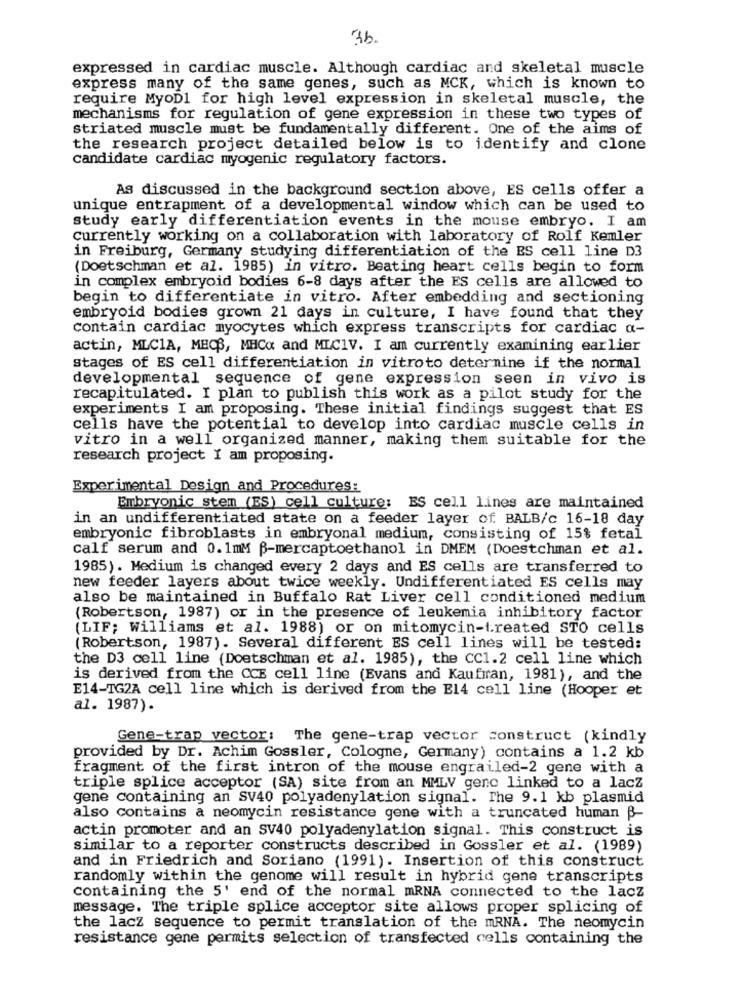
3b.
expressed in cardiac muscle. Although cardiac and skeletal muscle
express many of the same genes, such as MCK, which is known to
require MyoD1 for high level expression in skeletal muscle, the
mechanisms for regulation of gene expression in these two types of
striated muscle must be fundamentally different. One of the aims of
the research project detailed below is to identify and clone
candidate cardiac myogenic regulatory factors.
As discussed in the background section above, ES cells offer a
unique entrapment of a developmental window which can be used to
study early differentiation events in the mouse embryo. I am
Currently working on a collaboration with laboratory of Rolf Kemler
in Freiburg, Germany studying differentiation of the ES cell line D3
(Doetschman et al. 1985) in vitro. Beating heart cells begin to form
in complex embryoid bodies 6-8 days after the ES cells are allowed to
begin to differentiate in vitro. After embedding and sectioning
embryoid bodies grown 21 days in culture, I have found that they
contain cardiac myocytes which express transcripts for cardiac a-
actin, MLCIA, MECS, MHCXx and MLCIV. I am currently examining earlier
stages of ES cell differentiation in vitroto determine if the normal
developmental sequence of gene expression seen in vivo is
recapitulated. I plan to publish this work as a pilot study for the
experiments I am proposing. These initial findings suggest that ES
cells have the potential to develop into cardiac muscle cells in
vitro in a well organized manner, making them suitable for the
research project I am proposing.
Experimental Design and Procedures:
Embryonic stem (ES) cell culture: ES cell lines are maintained
in an undifferentiated state on a feeder layer of BALB/c 16-18 day
embryonic fibroblasts in embryonal medium, consisting of 15% fetal
calf serum and 0.1mM B-mercaptoethanol in DMEM (Doestchman et al.
1985). Medium is changed every 2 days and ES cells are transferred to
new feeder layers about twice weekly. Undifferentiated ES cells may
also be maintained in Buffalo Rat Liver cell conditioned medium
(Robertson, 1987) or in the presence of leukemia inhibitory factor
(LIF; Williams et al. 1988) or on mitomycin-treated STO cells
(Robertson, 1987). Several different ES cell lines will be tested:
the D3 cell line (Doetschman et al. 1985), the CC1.2 cell line which
is derived from the CCE cell line (Evans and Kaufman, 1981), and the
E14-TG2A cell line which is derived from the E14 cell line (Hooper et
al. 1987).
Gene-trap vector:
The gene-trap vector construct (kindly
provided by Dr. Achim Gossler, Cologne, Germany) contains a 1.2 kb
fragment of the first intron of the mouse engrailed-2 gene with a
triple splice acceptor (SA) site from an MMLV genc linked to a lacz
gene containing an SV40 polyadenylation signal. The 9.1 kb plasmid
also contains a neomycin resistance gene with a truncated human B-
actin promoter and an Sv40 polyadenylation signal. This construct is
similar to a reporter constructs described in Gossler et al. (1989)
and in Friedrich and Soriano (1991). Insertion of this construct
randomly within the genome will result in hybrid gene transcripts
containing the 5' end of the normal mRNA connected to the lacz
message. The triple splice acceptor site allows proper splicing of
the lacz sequence to permit translation of the mRNA. The neomycin
resistance gene permits selection of transfected cells containing the